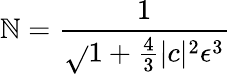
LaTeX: \mathbb{N}={\frac{{1}}{{\sqrt{}{{1+{\frac{{4}}{{3}}}|c|^{2}\epsilon^{3}}}}}}